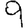
Digit: 9